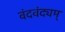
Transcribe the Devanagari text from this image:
वंदवंद्यम्